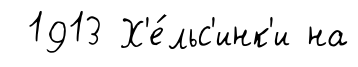
1913 Х'е́льс'инк'и на